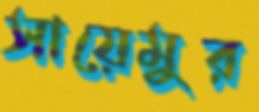
সায়েমুর